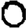
Digit: 0